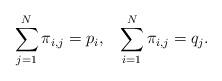
LaTeX: \begin{align*}\sum_{j=1}^N\pi_{i,j} = p_i,\;\;\;\sum_{i=1}^N\pi_{i,j} = q_j.\end{align*}